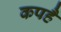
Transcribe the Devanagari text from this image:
कपहै